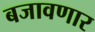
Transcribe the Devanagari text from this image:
बजावणार